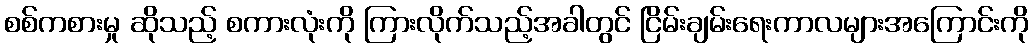
စစ်ကစားမှု ဆိုသည့် စကားလုံးကို ကြားလိုက်သည့်အခါတွင် ငြိမ်းချမ်းရေးကာလများအကြောင်းကို